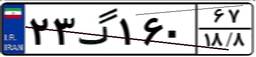
۲۳گ۱۶۰۶۷